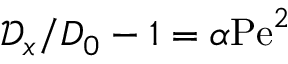
\mathcal { D } _ { x } / D _ { 0 } - 1 = \alpha \mathrm { P e } ^ { 2 }